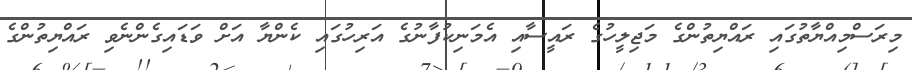
މިރަސްމިއްޔާތުގައި ރައްޔިތުންގެ މަޖިލީހުގެ ރައީސާއި އެމަނިކުފާނުގެ އަރިހުގައި ކެންޔާ އަށް ވަޑައިގެންނެވި ރައްޔިތުންގެ